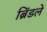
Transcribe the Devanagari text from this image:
ब्रिंडले